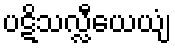
ပဋိသလ္လီယေယျံ